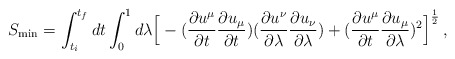
\begin{align*}S_{\rm min} = \int_{t_{i}}^{t_{f}} dt \int_0^1 d\lambda \Big [ -({\partial u^\mu \over \partial t} {\partial u_\mu \over \partial t })({\partial u^\nu \over \partial \lambda} {\partial u_\nu \over \partial \lambda })+ ({\partial u^\mu \over \partial t} {\partial u_\mu \over \partial \lambda})^2 \Big ]^{1\over 2} \, ,\end{align*}